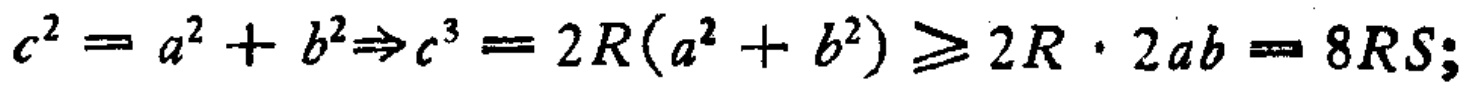
\(c^{2}=a^{2}+b^{2}\Rightarrow c^{3}=2R(a^{2}+b^{2})\geqslant 2R\cdot 2ab = 8RS;\)